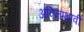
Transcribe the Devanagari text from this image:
अविनाभावी